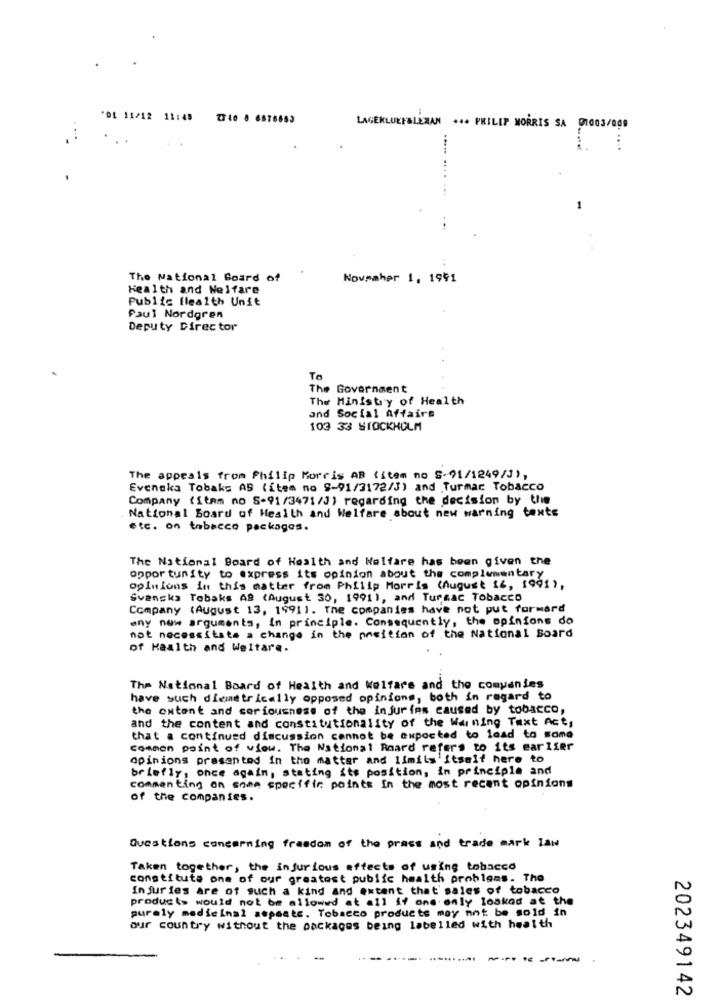
'01 11/12 11:48
LAGEKLUKY&LEMAN *** PHILIP MORRIS SA 01003/009
1
The National Board of
Novmaher 1, 1991
Health and Welfare
Public flealth Unit
Paul Nordgren
Deputy Director
To
The Government
The Ministry of Health
and Social Affairs
103 33 STOCKHOLM
The appeals from Philip Morris AB (item no S-91/1249/3),
Evenska Tobaks AS (item no 9-91/3172/J) and Turmac Tobacco
Company (item no S-91/3471/3) regarding the decision by the
National Board of Health and Welfare about new warning texts
etc. on tobacco packages.
The National Board of Health and Welfare has been given the
opportunity to express its opinion about the complementary
opinions in this matter from Philip Morris (August 16, 1991),
Svenska Tobaks AB (August 30, 1991), and Turnac Tobacco
Company (August 13, 1491). The companies have not put forward
any new arguments, In principle. Consequently, the opinions do
not necessitate a change in the position of the National Board
of Health and Welfare.
The National Board of Health and Welfare and the companies
have such diemetrically opposed opinions, both in regard to
the extent and seriousness of the injuries caused by tobacco,
and the content and constitutionality of the Warning Text Act,
that a continued discussion cannot be aupocted to load to some
common point of view. The National Board refers to its earlier
opinions presented in the matter and limils'itself here to
briefly, once again, stating its position, in principle and
commenting on some specific points In the most recent opinions
of the companies.
Questions concerning frandom of the grass and trade mark law
Taken together, the injurious effects of using tobacco
constitute one of our greatest public health problems. Tho
Injuries are of such a kind and extent that sales of tobacco
product> would not be allowed at all if one only loskod at the
purely medicinal aspoate. Tobacco products may not be sold in
our country without the packages being labelled with health
202349142